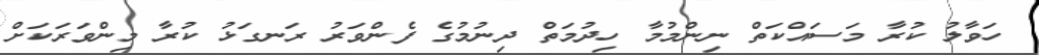
ހަވާލު ކުރާ މަސައްކަތް ނިންމުމާ ހިދުމަތް ދިނުމުގެ ފެންވަރު ރަނގަޅު ކުރާ މިންވަރަކަށް